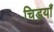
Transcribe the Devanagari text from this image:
चिड़याँ